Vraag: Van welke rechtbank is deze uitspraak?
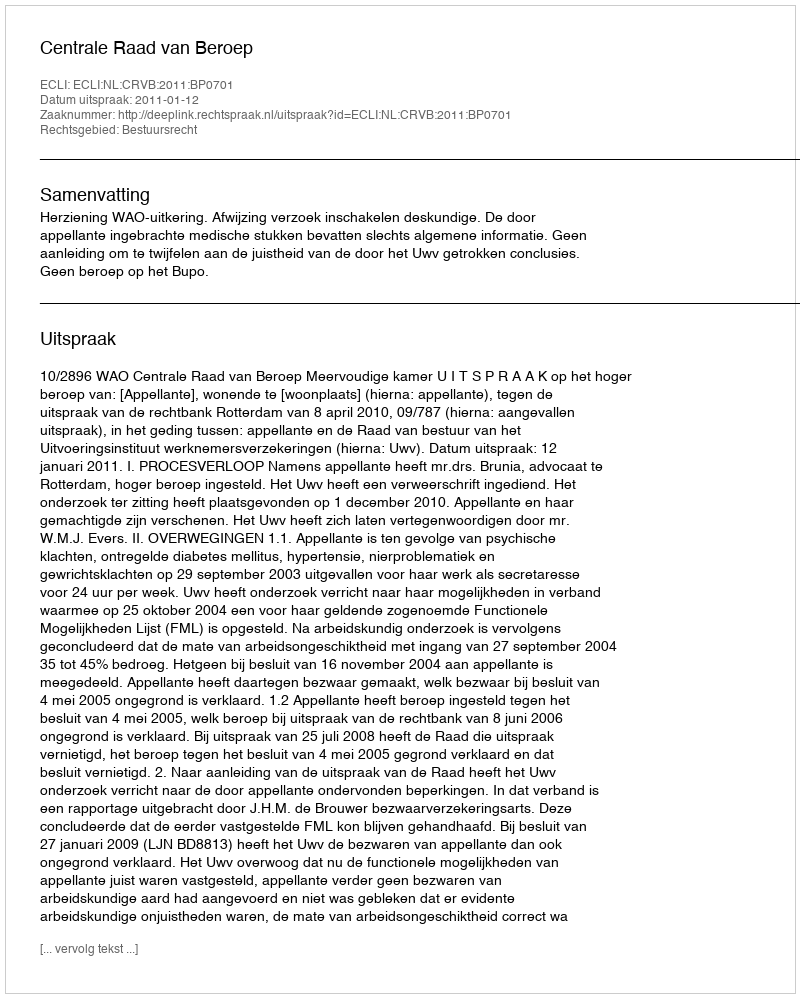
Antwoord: Centrale Raad van Beroep